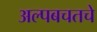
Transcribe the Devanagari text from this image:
अल्पबचतचे